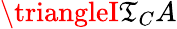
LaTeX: \triangleI\mathfrak{T}_{C}A